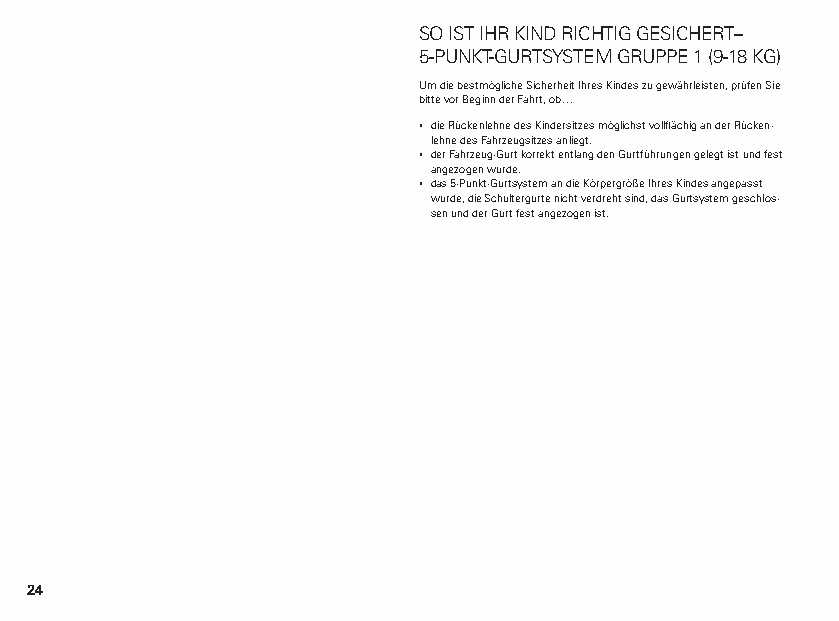
SO IST IHR KIND RICHTIG GESICHERT–
 5-PUNKT-GURTSYSTEM GRUPPE 1 (9-18 KG)
 Um die bestmögliche Sicherheit Ihres Kindes zu gewährleisten, prüfen Sie
 bitte vor Beginn der Fahrt, ob…
 ▪ die Rückenlehne des Kindersitzes möglichst vollflächig an der Rücken-
 lehne des Fahrzeugsitzes anliegt.
 ▪ der Fahrzeug-Gurt korrekt entlang den Gurtführungen gelegt ist und fest
 angezogen wurde.
 ▪ das 5-Punkt-Gurtsystem an die Körpergröße Ihres Kindes angepasst
 wurde, die Schultergurte nicht verdreht sind, das Gurtsystem geschlos-
 sen und der Gurt fest angezogen ist.
 24